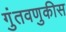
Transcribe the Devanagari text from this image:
गुंतवणुकीस